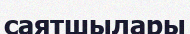
саятшылары